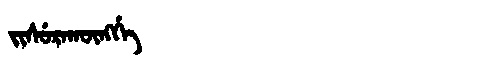
Manchu: ᠵᡳᠰᡠᡵᠠᡴᡡᠩᡤᡝ
Romanization: JISURAKŪNGGE